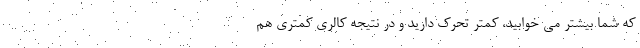
که شما بیشتر می خوابید، کمتر تحرک دارید و در نتیجه کالری کمتری هم